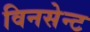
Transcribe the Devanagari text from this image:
विनसेन्ट